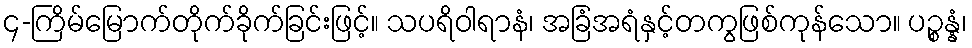
၄-ကြိမ်မြောက်တိုက်ခိုက်ခြင်းဖြင့်။ သပရိဝါရာနံ၊ အခြံအရံနှင့်တကွဖြစ်ကုန်သော။ ပဉ္စန္နံ၊